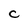
Character: C